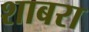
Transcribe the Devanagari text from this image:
शाबरा